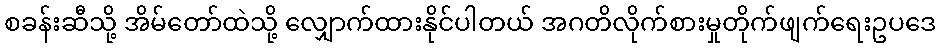
စခန်းဆီသို့ အိမ်တော်ထဲသို့ လျှောက်ထားနိုင်ပါတယ် အဂတိလိုက်စားမှုတိုက်ဖျက်ရေးဥပဒေ